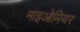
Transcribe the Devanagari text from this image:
माइओमियर